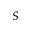
S